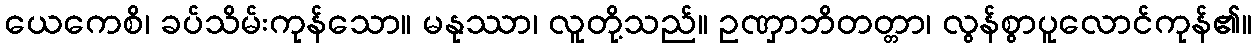
ယေကေစိ၊ ခပ်သိမ်းကုန်သော။ မနုဿာ၊ လူတို့သည်။ ဥဏှာဘိတတ္တာ၊ လွန်စွာပူလောင်ကုန်၏။